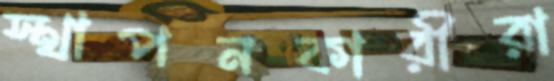
স্থাপনকারীরা